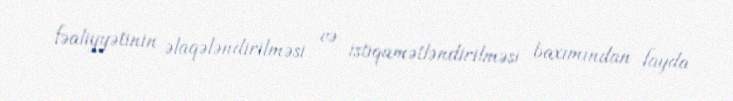
fəaliyyətinin əlaqələndirilməsi və istiqamətləndirilməsi baxımından fayda